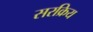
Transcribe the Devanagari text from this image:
सरक्रिय